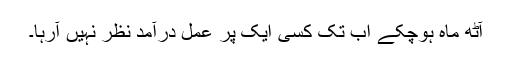
آٹھ ماہ ہوچکے اب تک کسی ایک پر عمل درآمد نظر نہیں آرہا۔